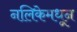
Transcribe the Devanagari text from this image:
नलिकेमधून